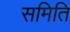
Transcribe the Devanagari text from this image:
समिति